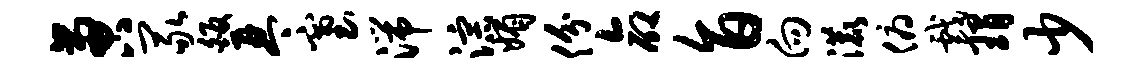
啻冢皈琴塞湍淙媚份命旨向漉俯戏瑁少